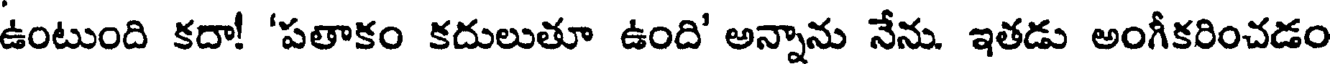
ఉంటుంది కదా! 'పతాకం కదులుతూ ఉంది' అన్నాను నేను. ఇతడు అంగీకరించడం